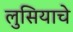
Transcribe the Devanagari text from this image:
लुसियाचे